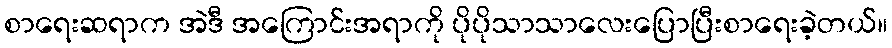
စာရေးဆရာက အဲဒီ အကြောင်းအရာကို ပိုပိုသာသာလေးပြောပြီးစာရေးခဲ့တယ်။